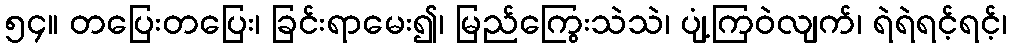
၅၄။ တပြေးတပြေး၊ ခြင်းရာမေး၍၊ မြည်ကြွေးသဲသဲ၊ ပျံ့ကြဝဲလျက်၊ ရဲရဲရင့်ရင့်၊